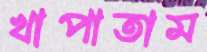
খাপাতাম